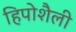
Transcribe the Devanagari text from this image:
हिपोशैली